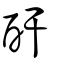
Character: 酐